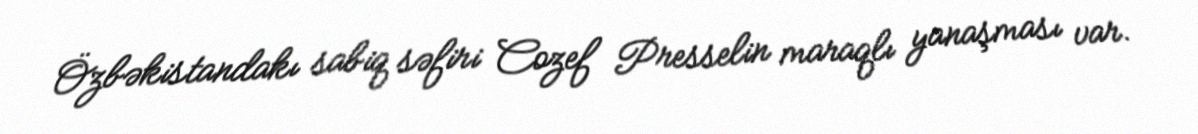
Özbəkistandakı sabiq səfiri Cozef Presselin maraqlı yanaşması var.